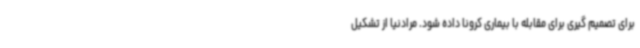
برای تصمیم گیری برای مقابله با بیماری کرونا داده شود. مرادنیا از تشکیل